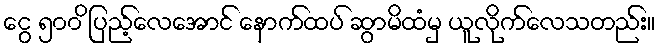
ငွေ ၅၀၀ိ ပြည့်လေအောင် နောက်ထပ် ဆွာမိထံမှ ယူလိုက်လေသတည်း။